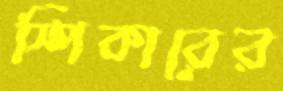
স্পিকারের